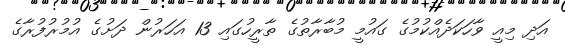
އަދި މިއީ ވާހަކަދެއްކުމުގެ ގައުމީ މުބާރާތުގެ ތާރީހުގައި 13 އަހަރުން ދަށުގެ އުމުރުފުރާގެ